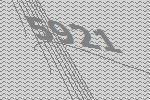
5921